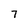
Character: 7